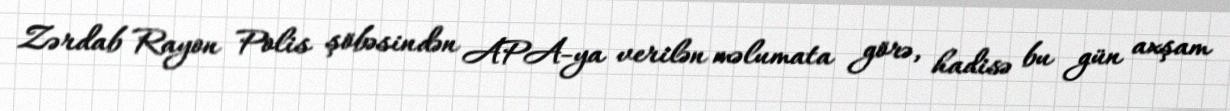
Zərdab Rayon Polis şöbəsindən APA-ya verilən məlumata görə, hadisə bu gün axşam